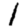
Digit: 1